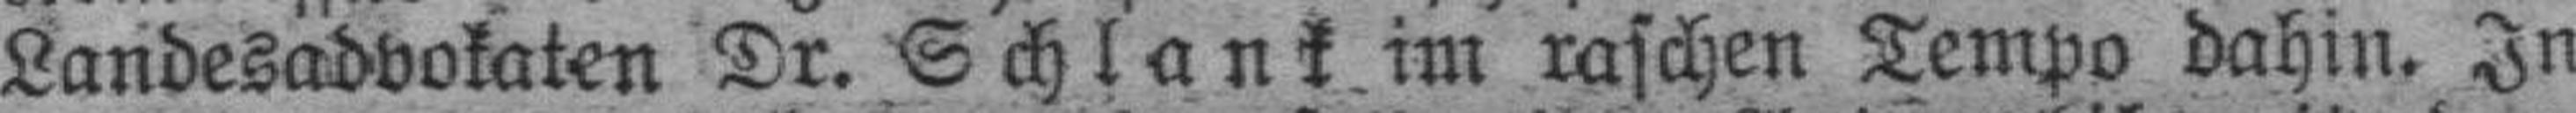
Landesadvokaten Dr. Schlank im raschen Tempo dahin. In